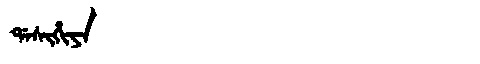
Manchu: ᡩᠠᠰᡳᡥᡳᠶᠠ
Romanization: DASIHIYA